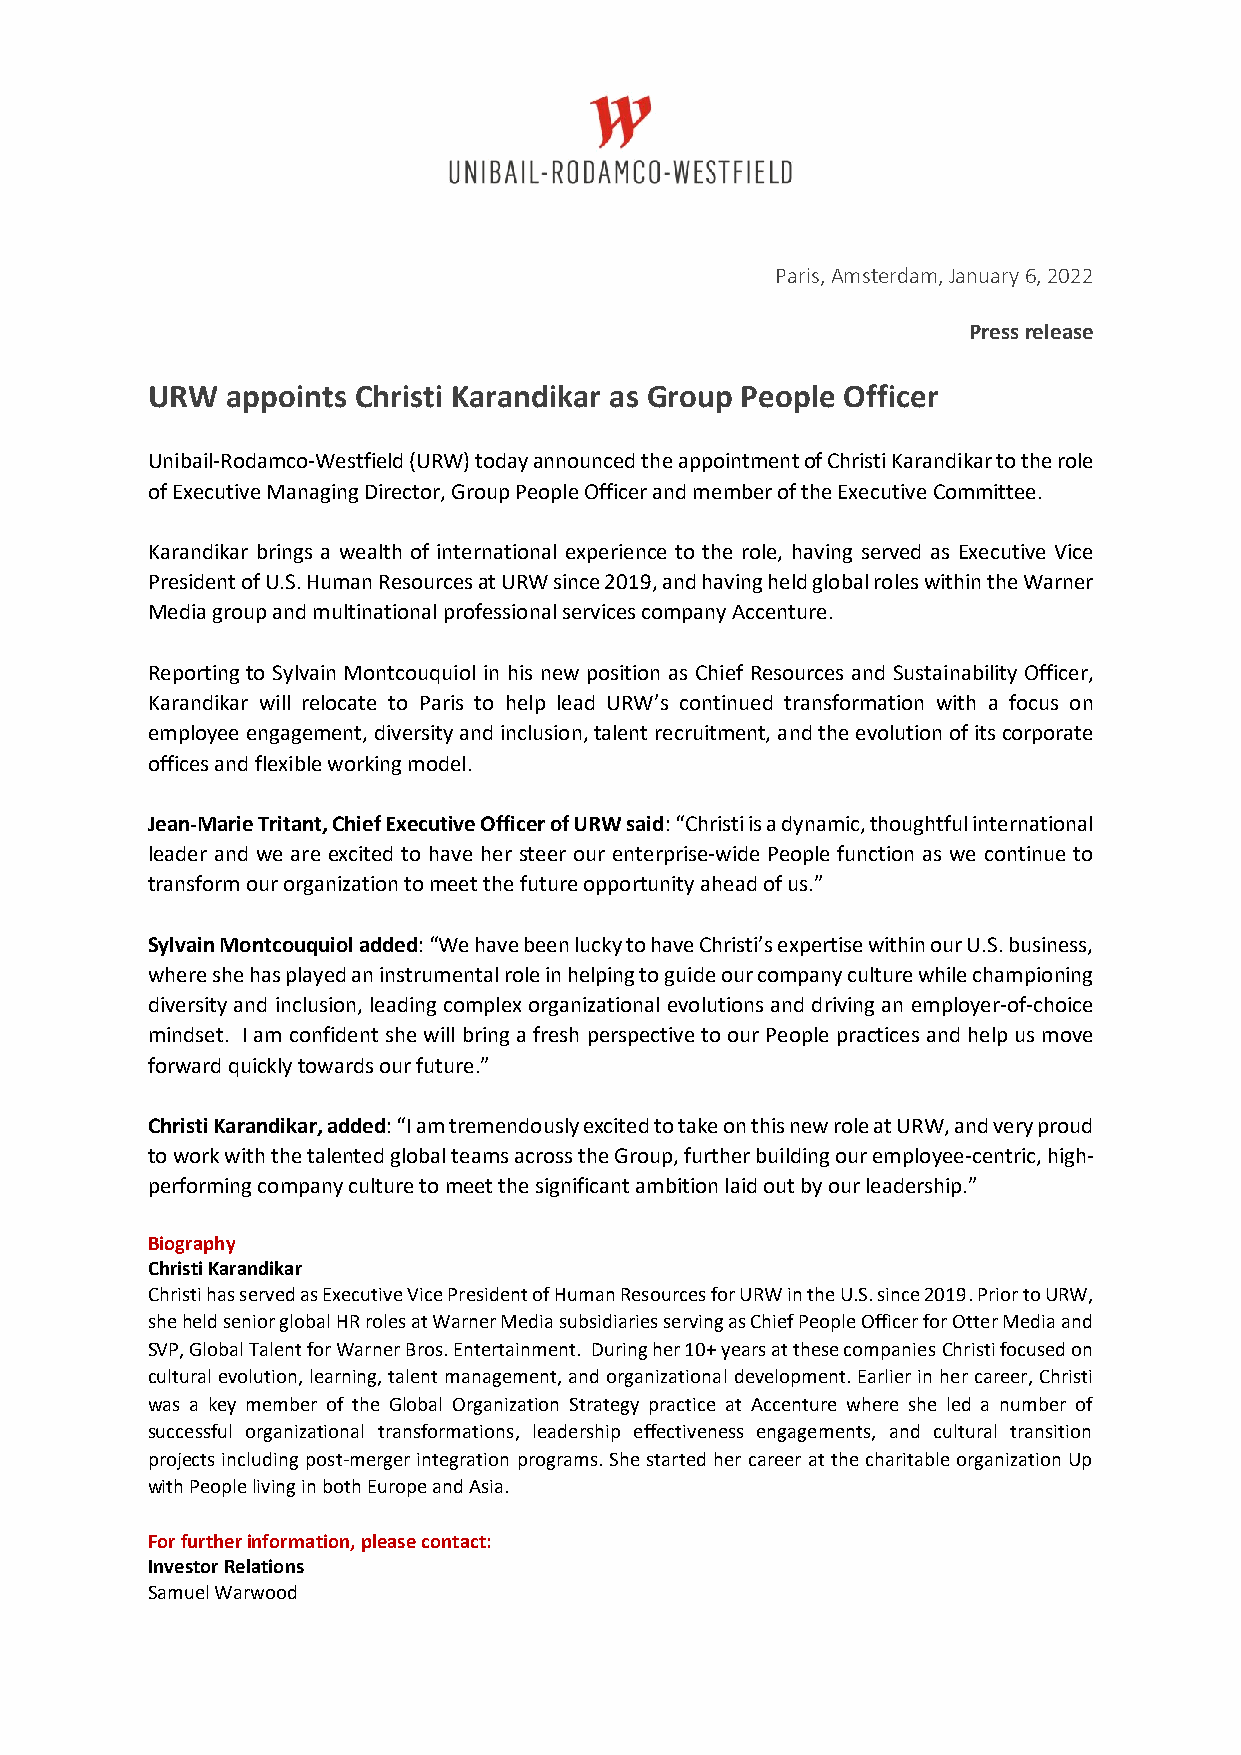
Paris, Amsterdam, January 6, 2022
 Press release
 URW  appoints Christi Karandikar as Group People Officer
 Unibail-Rodamco-Westfield (URW) today announced the appointment of Christi Karandikar to the role
 of Executive Managing Director, Group People Officer and member of the Executive Committee.
 Karandikar brings a wealth of international experience to the role, having served as Executive Vice
 President of U.S. Human Resources at URW since 2019, and having held global roles within the Warner
 Media group and multinational professional services company Accenture.
 Reporting to Sylvain Montcouquiol in his new position as Chief Resources and Sustainability Officer,
 Karandikar will relocate to Paris to help lead URW’s continued transformation with a focus on
 employee engagement, diversity and inclusion, talent recruitment, and the evolution of its corporate
 offices and flexible working model.
 Jean-Marie Tritant, Chief Executive Officer of URW said: “Christi is a dynamic, thoughtful international
 leader and we are excited to have her steer our enterprise-wide People function as we continue to
 transform our organization to meet the future opportunity ahead of us.”
 Sylvain Montcouquiol added: “We have been lucky to have Christi’s expertise within our U.S. business,
 where she has played an instrumental role in helping to guide our company culture while championing
 diversity and inclusion, leading complex organizational evolutions and driving an employer-of-choice
 mindset. I am confident she will bring a fresh perspective to our People practices and help us move
 forward quickly towards our future.”
 Christi Karandikar, added: “I am tremendously excited to take on this new role at URW, and very proud
 to work with the talented global teams across the Group, further building our employee-centric, high-
 performing company culture to meet the significant ambition laid out by our leadership.”
 Biography
 Christi Karandikar
 Christi has served as Executive Vice President of Human Resources for URW in the U.S. since 2019. Prior to URW,
 she held senior global HR roles at Warner Media subsidiaries serving as Chief People Officer for Otter Media and
 SVP, Global Talent for Warner Bros. Entertainment. During her 10+ years at these companies Christi focused on
 cultural evolution, learning, talent management, and organizational development. Earlier in her career, Christi
 was a key member of the Global Organization Strategy practice at Accenture where she led a number of
 successful organizational transformations, leadership effectiveness engagements, and cultural transition
 projects including post-merger integration programs. She started her career at the charitable organization Up
 with People living in both Europe and Asia.
 For further information, please contact:
 Investor Relations
 Samuel Warwood